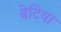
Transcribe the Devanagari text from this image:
बेटिया